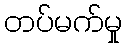
တပ်မက်မှု